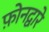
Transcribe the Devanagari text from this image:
फ़ोनद्वारे